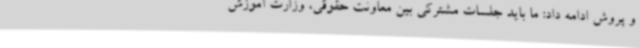
و پروش ادامه داد: ما باید جلسات مشترکی بین معاونت حقوقی، وزارت آموزش